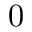
0